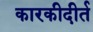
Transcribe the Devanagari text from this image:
कारकीदीर्त